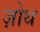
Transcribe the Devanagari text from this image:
ज़ोथ